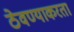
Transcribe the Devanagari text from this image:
ठेवण्याकरता